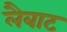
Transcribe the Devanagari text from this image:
लैबाट